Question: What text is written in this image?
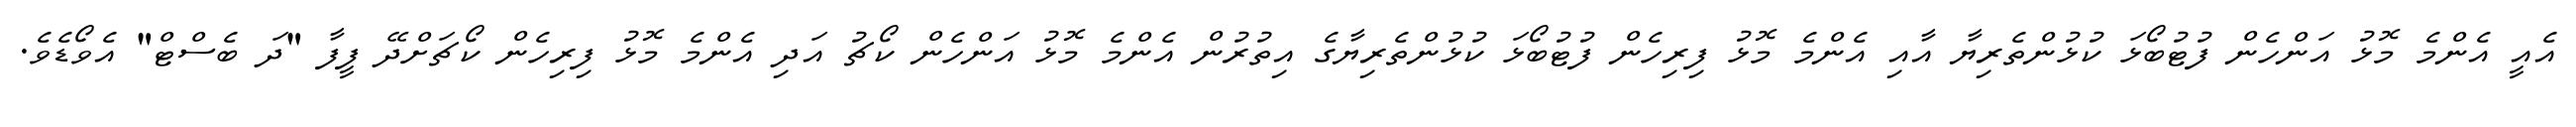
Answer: އެއީ އެންމެ މޮޅު އަންހެން ފުޓުބޯޅަ ކުޅުންތެރިޔާ އާއި އެންމެ މޮޅު ފިރިހެން ފުޓުބޯޅަ ކުޅުންތެރިޔާގެ އިތުރުން އެންމެ މޮޅު އަންހެން ކޯޗު އަދި އެންމެ މޮޅު ފިރިހެން ކޯޗަށްދޭ ފީފާ "ދަ ބެސްޓް" އެވޯޑެވެ.